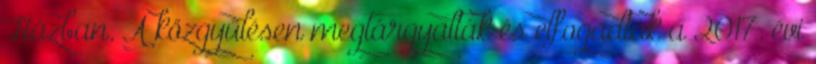
Házban. A közgyűlésen megtárgyalták és elfogadták a 2017. évi